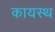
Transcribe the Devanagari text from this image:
कायस्‍थ